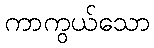
ကာကွယ်သော